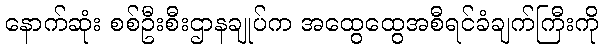
နောက်ဆုံး စစ်ဦးစီးဌာနချုပ်က အထွေထွေအစီရင်ခံချက်ကြီးကို